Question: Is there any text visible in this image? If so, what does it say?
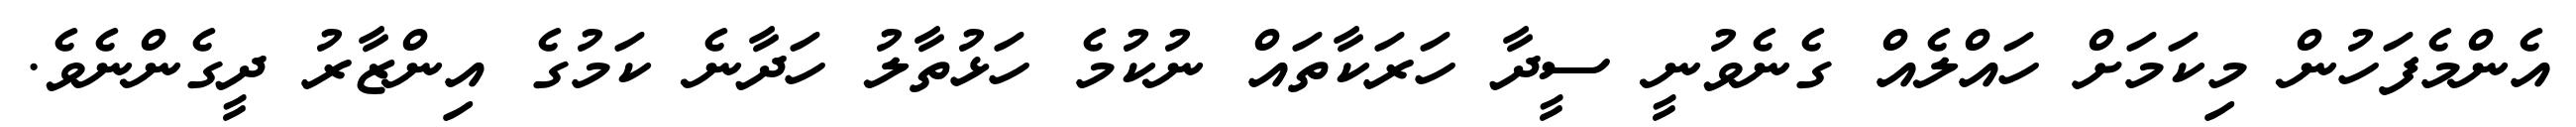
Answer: އެންމެފަހުން މިކަމަށް ހައްލެއް ގެނެވުނީ ސީދާ ހަރަކާތައް ނުކުމެ ހަޅުތާލު ހަދާނެ ކަމުގެ އިންޒާރު ދީގެންނެވެ.